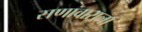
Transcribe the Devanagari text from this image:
सणावाराला